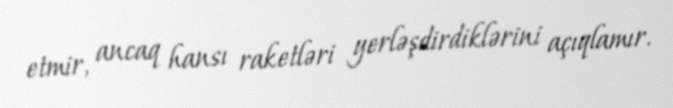
etmir, ancaq hansı raketləri yerləşdirdiklərini açıqlamır.